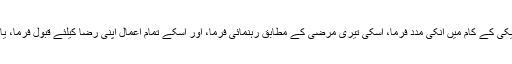
ہر نیکی کے کام میں انکی مدد فرما، اُسکی تیری مرضی کے مطابق رہنمائی فرما، اور اسکے تمام اعمال اپنی رضا کیلئے قبول فرما، یا اللہ!